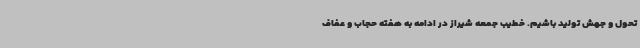
تحول و جهش تولید باشیم. خطیب جمعه شیراز در ادامه به هفته حجاب و عفاف